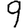
Digit: 9